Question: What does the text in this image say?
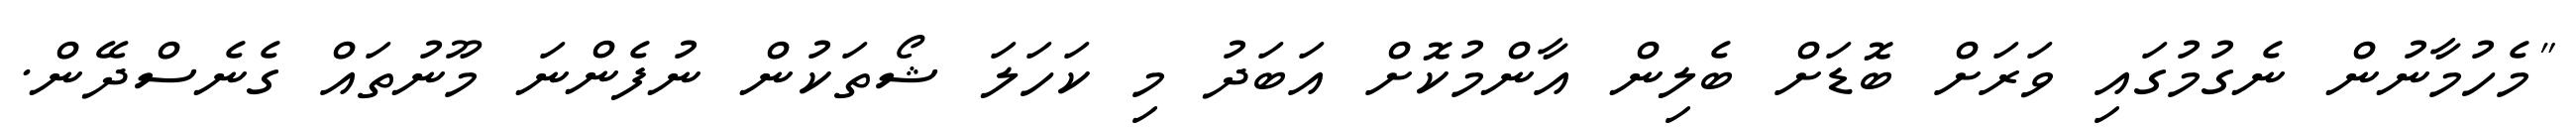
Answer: "މެހުމާނުން ނެގުމުގައި ވަރަށް ބޮޑަށް ބެލިން އާންމުކޮށް އަބަދު މި ކަހަލަ ޝޯތަކުން ނުފެންނަ މޫނުތައް ގެނެސްދޭން.